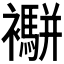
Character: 𧟁